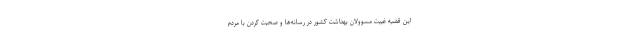
اين قضيه غيبت مسوولان بهداشت كشور در رسانه‌ها و صحبت كردن با مردم